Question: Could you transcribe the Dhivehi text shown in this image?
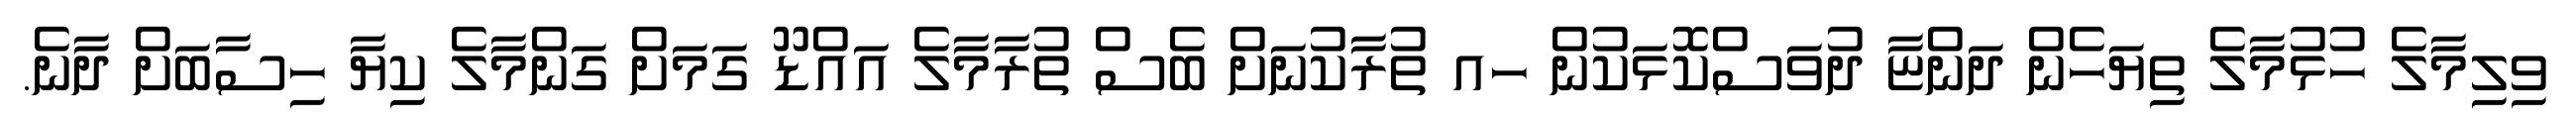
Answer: ވިލިމާލެ ހުޅުމާލެ ތިޔަހެން ދަންޏާ ދުވަސްކޮޅަކުން ހއ ތުރާކުނަށް ބެސް ތުރާމާލެ އައްޑޫ ގަމަށް ގަންމާލެ ކިޔާ ހިސާބަށް ދާނެ.